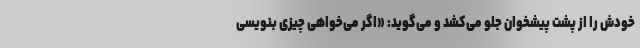
خودش را از پشت پیشخوان جلو می‌کشد و می‌گوید: «اگر می‌خواهی چیزی بنویسی